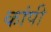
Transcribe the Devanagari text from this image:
कांपी